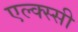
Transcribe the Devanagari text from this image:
एल्क्स्सी